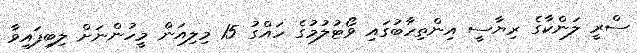
ސްރީ ލަންކާގެ ރިޔާސީ އިންތިހާބުގައި ވޯޓުލުމުގެ ހައްގު 15 މިލިއަން މީހުންނަށް ލިބިފައިވާ